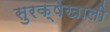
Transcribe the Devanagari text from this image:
सुरक्षेखाली